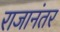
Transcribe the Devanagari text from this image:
राजानंतर